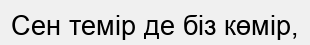
Сен темір де біз көмір,